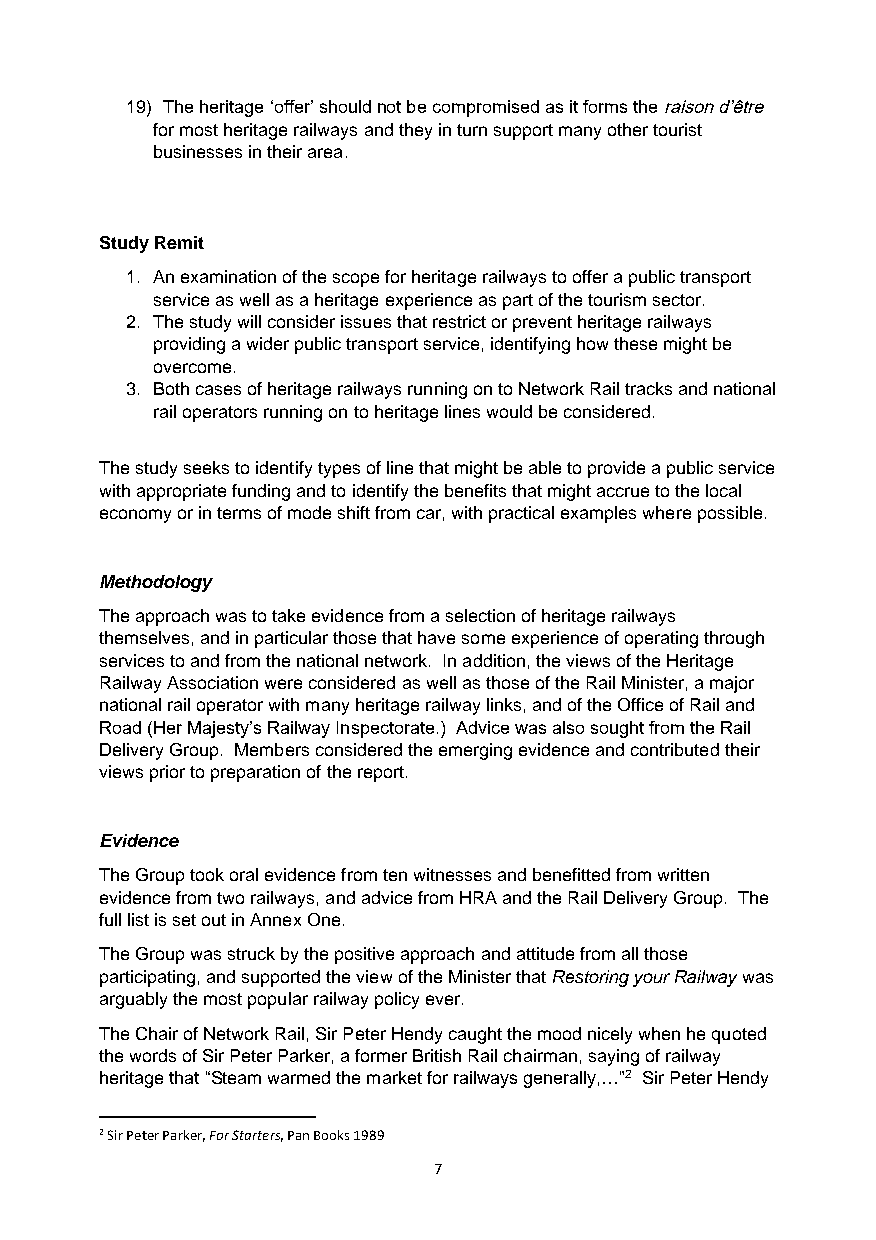
19) The heritage ‘offer’ should not be compromised as it forms the raison d’être
 for most heritage railways and they in turn support many other tourist
 businesses in their area.
 Study Remit
 1. An examination of the scope for heritage railways to offer a public transport
 service as well as a heritage experience as part of the tourism sector.
 2. The study will consider issues that restrict or prevent heritage railways
 providing a wider public transport service, identifying how these might be
 overcome.
 3. Both cases of heritage railways running on to Network Rail tracks and national
 rail operators running on to heritage lines would be considered.
 The study seeks to identify types of line that might be able to provide a public service
 with appropriate funding and to identify the benefits that might accrue to the local
 economy or in terms of mode shift from car, with practical examples where possible.
 Methodology
 The approach was to take evidence from a selection of heritage railways
 themselves, and in particular those that have some experience of operating through
 services to and from the national network. In addition, the views of the Heritage
 Railway Association were considered as well as those of the Rail Minister, a major
 national rail operator with many heritage railway links, and of the Office of Rail and
 Road (Her Majesty’s Railway Inspectorate.) Advice was also sought from the Rail
 Delivery Group. Members considered the emerging evidence and contributed their
 views prior to preparation of the report.
 Evidence
 The Group took oral evidence from ten witnesses and benefitted from written
 evidence from two railways, and advice from HRA and the Rail Delivery Group. The
 full list is set out in Annex One.
 The Group was struck by the positive approach and attitude from all those
 participating, and supported the view of the Minister that Restoring your Railway was
 arguably the most popular railway policy ever.
 The Chair of Network Rail, Sir Peter Hendy caught the mood nicely when he quoted
 the words of Sir Peter Parker, a former British Rail chairman, saying of railway
 heritage that “Steam warmed the market for railways generally,…”2 Sir Peter Hendy
 2 Sir Peter Parker, For Starters, Pan Books 1989
 7